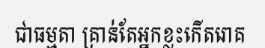
ជាធម្មតា គ្រាន់តែអ្នកខ្លះកើតរោគ